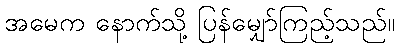
အမေက နောက်သို့ ပြန်မျှော်ကြည့်သည်။